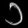
Digit: ၁